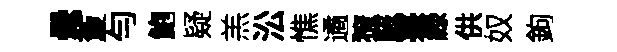
纍藑勻鮑疑羔㳂憔遹獠駭薹緑供奴鉤